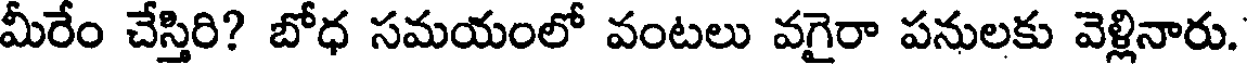
మీరేం చేస్తిరి? బోధ సమయంలో వంటలు వగైరా పనులకు వెళ్లినారు.